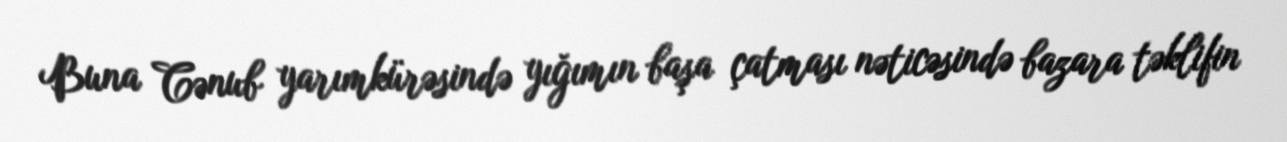
Buna Cənub yarımkürəsində yığımın başa çatması nəticəsində bazara təklifin